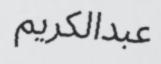
عبدالكریم